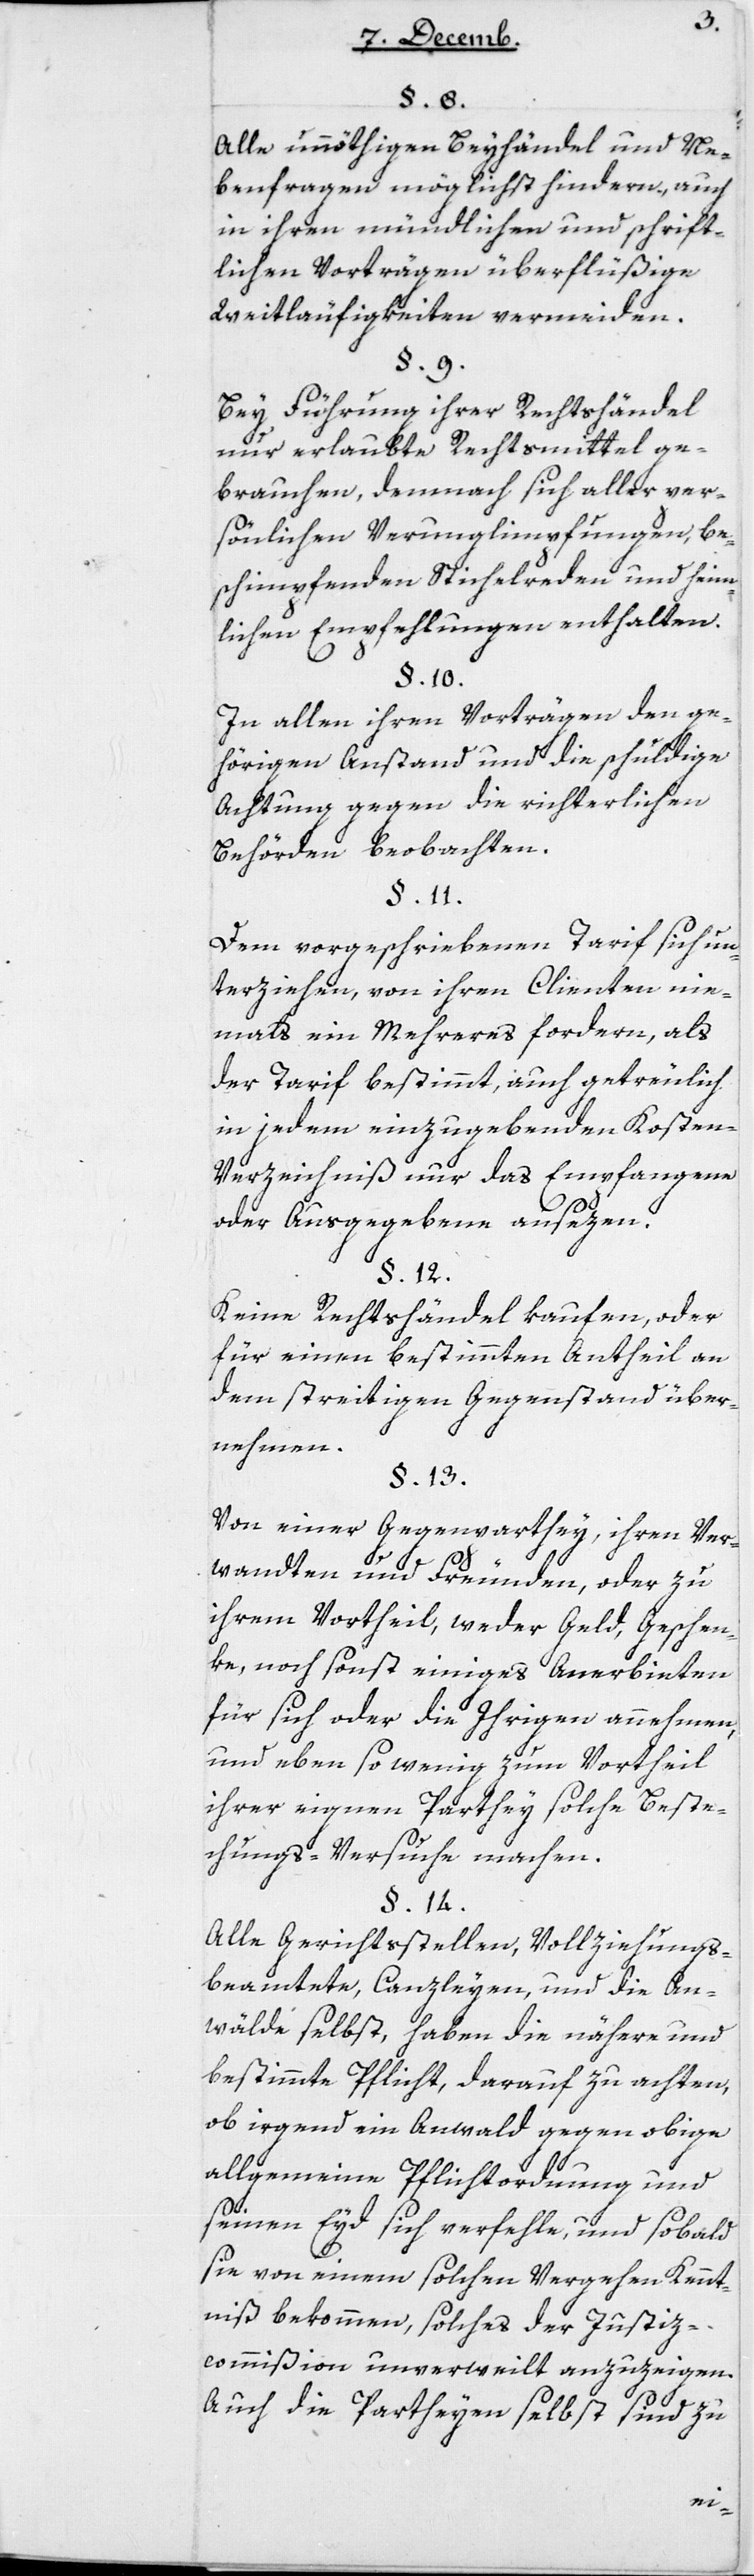
Alle unnöthigen Beyhändel und Ne¬
benfragen möglichst hindern, auch
in ihren mündlichen und schrift¬
lichen Vorträgen überflüßige
Weitläufigkeiten vermeiden.
Bey Führung ihrer Rechtshändel
nur erlaubte Rechtsmittel ge¬
brauchen, demnach sich aller per¬
sönlichen Verunglimpfungen, be¬
schimpfenden Stichelreden und heim¬
lichen Empfehlungen enthalten.
In allen ihren Vorträgen den ge¬
hörigen Anstand und die schuldige
Achtung gegen die richterlichen
Behörden beobachten.
Dem vorgeschriebenen Tarif sich un¬
terziehen, von ihren Clienten nie¬
mals ein Mehreres fordern, als
der Tarif bestimmt, auch getreulich
in jedem einzugebenden Kosten-V¬
erzeichniß nur das Empfangene
oder Ausgegebene ansezen.
Keine Rechtshändel kaufen, oder
für einen bestimmten Antheil an
dem streitigen Gegenstand über¬
nehmen.
§ 13
Von einer Gegenparthey, ihren Ver¬
wandten und Freunden, oder zu
ihrem Vortheil, weder Geld, Geschen¬
ke, noch sonst einiges Anerbieten
für sich oder die Ihrigen annehmen,
und eben so wenig zum Vortheil
ihrer eignen Parthey solche Beste¬
chungs-Versuche machen.
Alle Gerichtsstellen, Vollziehungs-B¬
eamtete, Canzleyen, und die An¬
wälde selbst, haben die nähere und
bestimmte Pflicht, darauf zu achten,
ob irgend ein Anwald gegen obige
allgemeine Pflichtordnung und
seinen Eyd sich verfehle, und sobald
sie von einem solchen Vergehen Kennt¬
niß bekommen, solches der Justiz¬
commißion unverweilt anzuzeigen.
Auch die Partheyen selbst sind zu